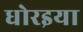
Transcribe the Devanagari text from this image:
धोरइया